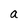
Character: a